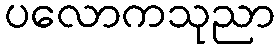
ပလောကသုညာ